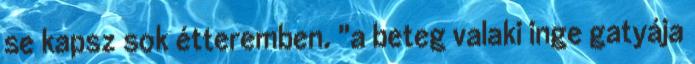
se kapsz sok étteremben. "a beteg valaki inge gatyája